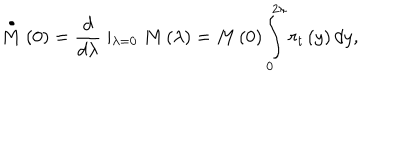
\stackrel { \bullet } { M } \left( 0 \right) = \frac d { d \lambda } \mid _ { \lambda = 0 } M \left( \lambda \right) = M \left( 0 \right) \int _ { 0 } ^ { 2 \pi } r _ { t } \left( y \right) d y ,